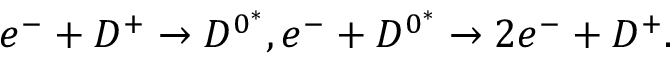
e ^ { - } + D ^ { + } \rightarrow D ^ { 0 ^ { * } } , e ^ { - } + D ^ { 0 ^ { * } } \rightarrow 2 e ^ { - } + D ^ { + } .